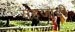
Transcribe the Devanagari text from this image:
सहजादी